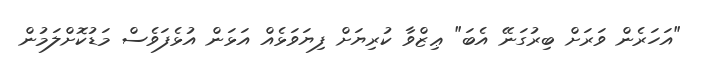
"އަހަރެން ވަރަށް ބިރުގަނޭ އެބަ" ޢިޒްވާ ކުރިޔަށް ފިޔަވަޅެއް އަޅަން އުޅެފަވެސް މަޑުކޮށްލަމުން